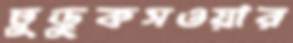
তুড়ুকসওয়ার